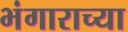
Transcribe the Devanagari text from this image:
भंगाराच्या